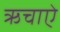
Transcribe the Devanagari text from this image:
ऋचाऐ